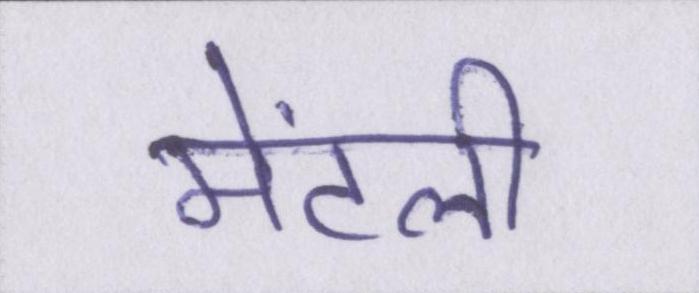
मेंटली